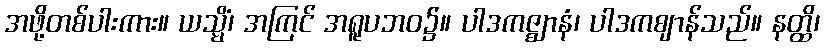
အဖို့တစ်ပါးကား။ ယသ္မိံ၊ အကြင် အရူပဘဝ၌။ ပါဒကဇ္ဈာနံ၊ ပါဒကဈာန်သည်။ နတ္ထိ၊